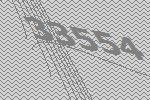
33554